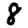
Digit: 8